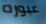
عبوره